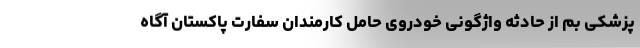
پزشکی بم از حادثه واژگونی خودروی حامل کارمندان سفارت پاکستان آگاه